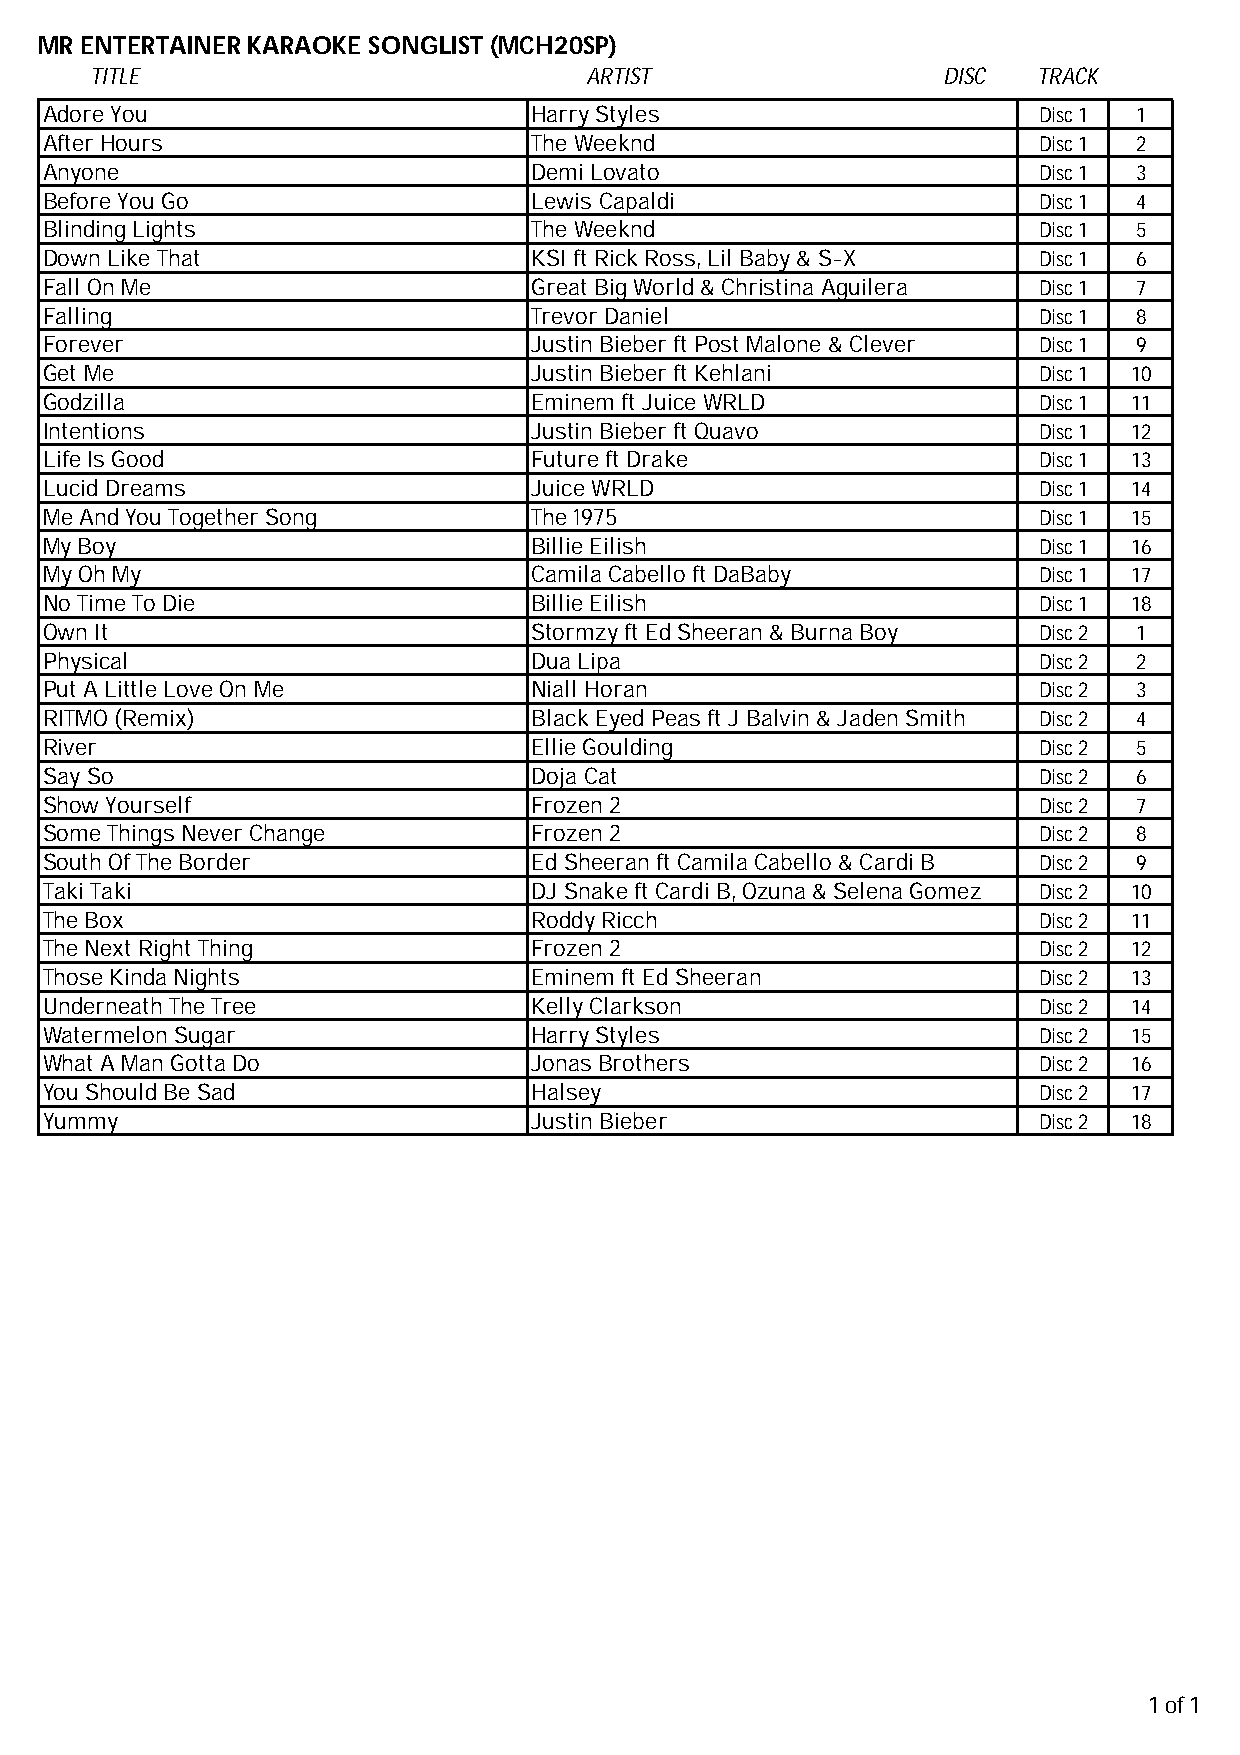
MR ENTERTAINER KARAOKE SONGLIST (MCH20SP)
 TITLE                            ARTIST                 DISC   TRACK
 .
 Adore You                       Harry Styles                      Disc 1 1
 After Hours                     The Weeknd                        Disc 1 2
 Anyone                          Demi Lovato                       Disc 1 3
 Before You Go                   Lewis Capaldi                     Disc 1 4
 Blinding Lights                 The Weeknd                        Disc 1 5
 Down Like That                  KSI ft Rick Ross, Lil Baby & S-X  Disc 1 6
 Fall On Me                      Great Big World & Christina Aguilera Disc 1 7
 Falling                         Trevor Daniel                     Disc 1 8
 Forever                         Justin Bieber ft Post Malone & Clever Disc 1 9
 Get Me                          Justin Bieber ft Kehlani          Disc 1 10
 Godzilla                        Eminem ft Juice WRLD              Disc 1 11
 Intentions                      Justin Bieber ft Quavo            Disc 1 12
 Life Is Good                    Future ft Drake                   Disc 1 13
 Lucid Dreams                    Juice WRLD                        Disc 1 14
 Me And You Together Song        The 1975                          Disc 1 15
 My Boy                          Billie Eilish                     Disc 1 16
 My Oh My                        Camila Cabello ft DaBaby          Disc 1 17
 No Time To Die                  Billie Eilish                     Disc 1 18
 Own It                          Stormzy ft Ed Sheeran & Burna Boy Disc 2 1
 Physical                        Dua Lipa                          Disc 2 2
 Put A Little Love On Me         Niall Horan                       Disc 2 3
 RITMO (Remix)                   Black Eyed Peas ft J Balvin & Jaden Smith Disc 2 4
 River                           Ellie Goulding                    Disc 2 5
 Say So                          Doja Cat                          Disc 2 6
 Show Yourself                   Frozen 2                          Disc 2 7
 Some Things Never Change        Frozen 2                          Disc 2 8
 South Of The Border             Ed Sheeran ft Camila Cabello & Cardi B Disc 2 9
 Taki Taki                       DJ Snake ft Cardi B, Ozuna & Selena Gomez Disc 2 10
 The Box                         Roddy Ricch                       Disc 2 11
 The Next Right Thing            Frozen 2                          Disc 2 12
 Those Kinda Nights              Eminem ft Ed Sheeran              Disc 2 13
 Underneath The Tree             Kelly Clarkson                    Disc 2 14
 Watermelon Sugar                Harry Styles                      Disc 2 15
 What A Man Gotta Do             Jonas Brothers                    Disc 2 16
 You Should Be Sad               Halsey                            Disc 2 17
 Yummy                           Justin Bieber                     Disc 2 18
 1 of 1